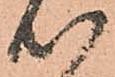
共